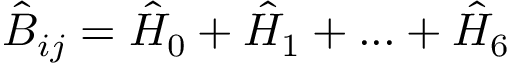
{ \hat { B } } _ { i j } = { \hat { H } } _ { 0 } + { \hat { H } } _ { 1 } + . . . + { \hat { H } } _ { 6 }